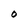
Character: O